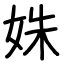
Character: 姝